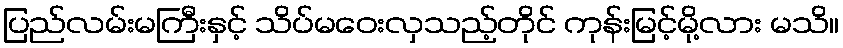
ပြည်လမ်းမကြီးနှင့် သိပ်မဝေးလှသည့်တိုင် ကုန်းမြင့်မို့လား မသိ။